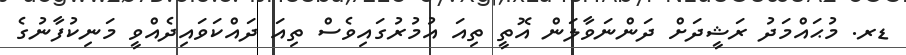
ޑރ. މުޙައްމަދު ރަޝީދަށް ދަންނަވާލަން އޮތީ ތިއަ އުމުރުގައިވެސް ތިއަ ދައްކަވައިދެއްވީ މަނިކުފާނުގެ